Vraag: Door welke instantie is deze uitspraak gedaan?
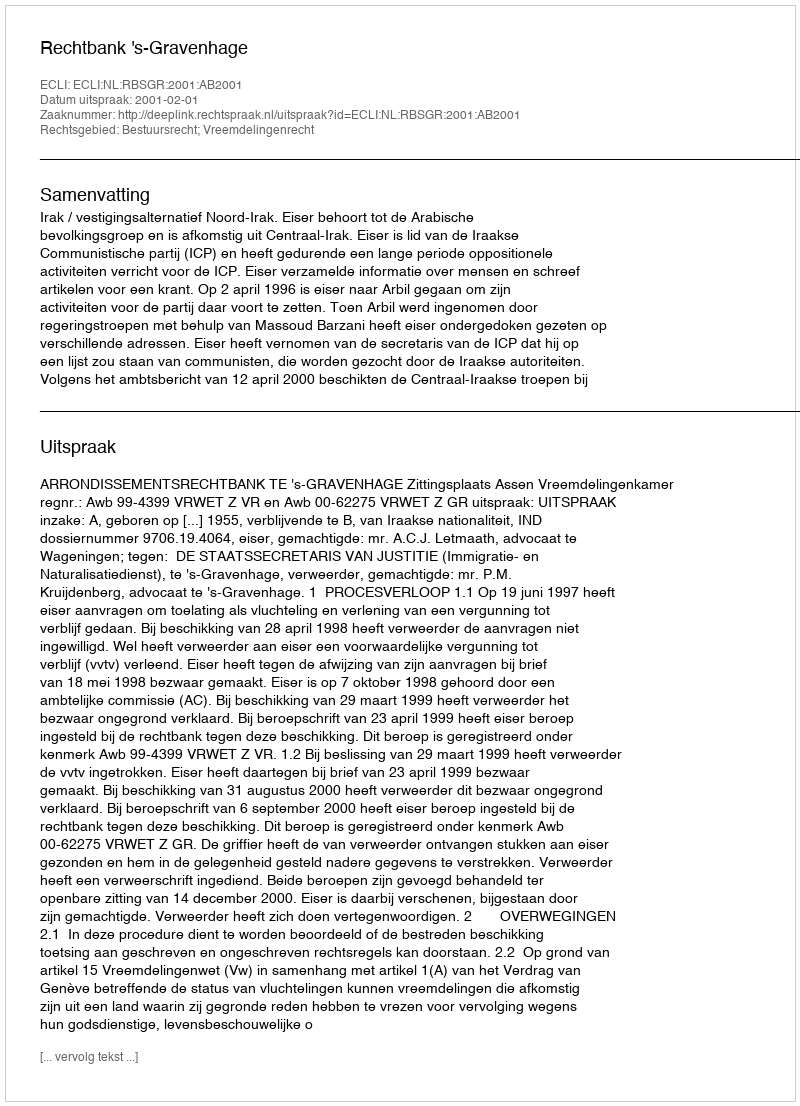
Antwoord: Rechtbank 's-Gravenhage